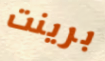
برينت